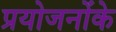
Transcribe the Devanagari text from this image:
प्रयोजनोंके